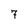
Character: 7